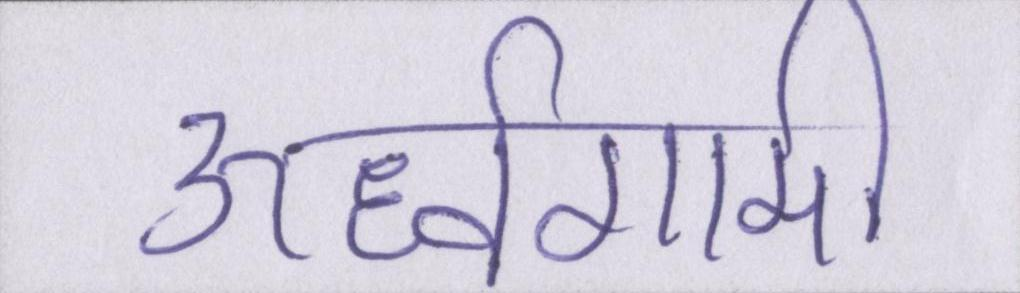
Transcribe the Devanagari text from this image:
ऊर्ध्वगामी